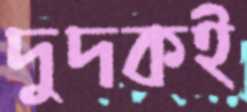
দুদকই